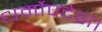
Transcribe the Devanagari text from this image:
धर्मोपदेश।